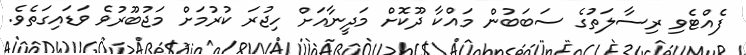
ފެއްޓެވި ރިސާލަތުގެ ސަބަބުން މައްކާ ދޫކޮށް މަދީނާއަށް ހިޖުރަ ކުރުމަށް މަޖުބޫރުވެ ވަޑައިގަތެވެ.